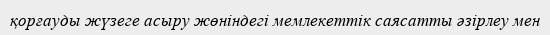
қорғауды жүзеге асыру жөніндегі мемлекеттік саясатты әзірлеу мен